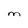
Character: M